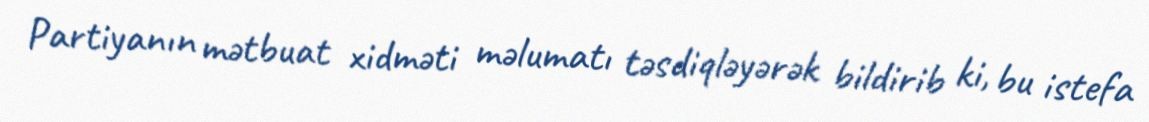
Partiyanın mətbuat xidməti məlumatı təsdiqləyərək bildirib ki, bu istefa